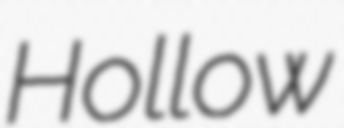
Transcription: Hollow